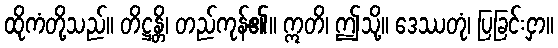
ထိုကံတို့သည်။ တိဋ္ဌန္တိ၊ တည်ကုန်၏။ ဣတိ၊ ဤသို့။ ဒေဿတုံ၊ ပြခြင်းငှာ။